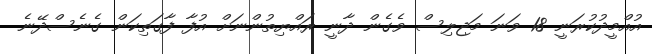
އުއްމީދުކުރަނީ 18 ވަނަ މަޖިލިސް ވެގެން ދާނީ ރައްޔިތުންނަށް އުފާ ފާގަތިކަން ގެނެސްދޭނެ